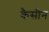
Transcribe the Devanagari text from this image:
कैसीन